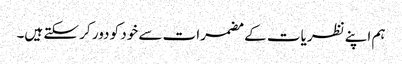
ہم اپنے نظریات کے مضمرات سے خود کو دور کر سکتے ہیں۔